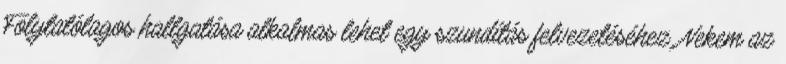
Folytatólagos hallgatása alkalmas lehet egy szundítás felvezetéséhez. Nekem az